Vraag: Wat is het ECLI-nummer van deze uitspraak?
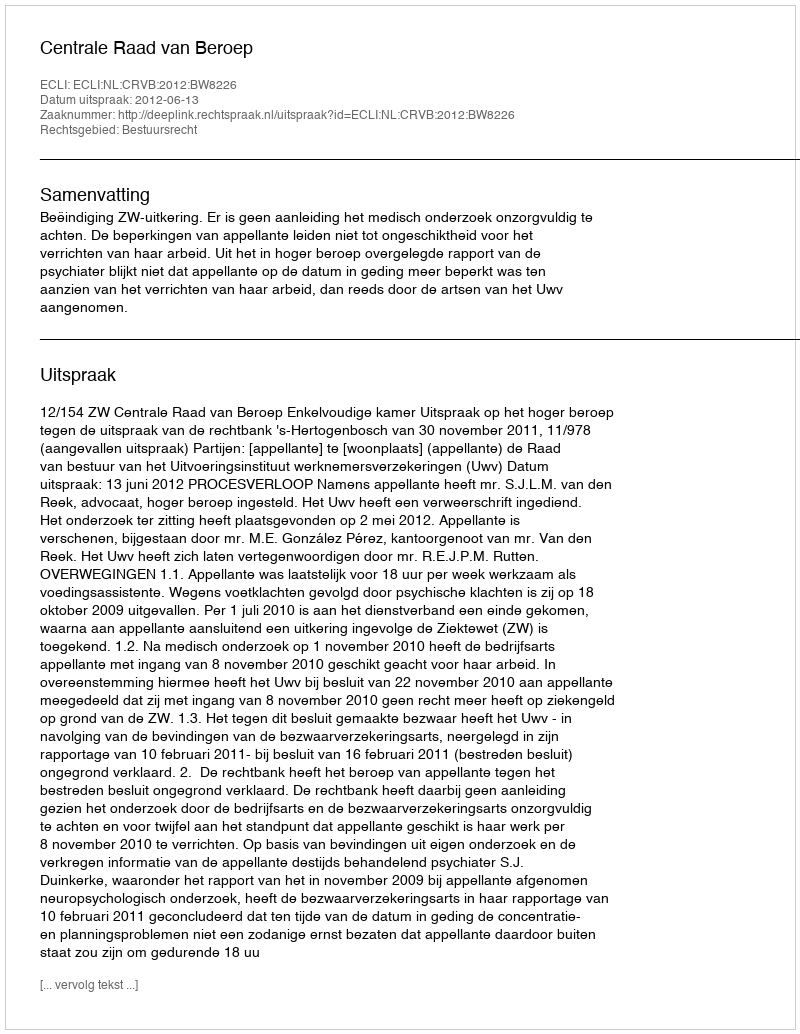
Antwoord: ECLI:NL:CRVB:2012:BW8226